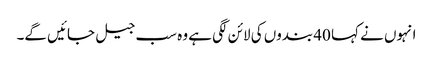
انہوں نے کہا 40 بندوں کی لائن لگی ہے وہ سب جیل جائیں گے۔